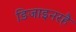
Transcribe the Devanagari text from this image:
डिजाइनरहै